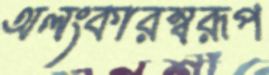
অলংকারস্বরূপ